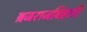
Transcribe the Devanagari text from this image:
ब्रजराजबिहारी